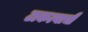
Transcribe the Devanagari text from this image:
टाकल्याची